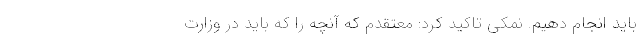
باید انجام دهیم. نمکی تاکید کرد: معتقدم که آنچه را که باید در وزارت